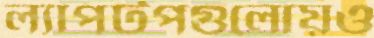
ল্যাপটপগুলোয়ও